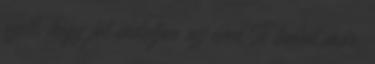
szett, hogy jól induljon az éved Te tudod már,